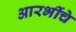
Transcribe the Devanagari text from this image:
आरभींचे